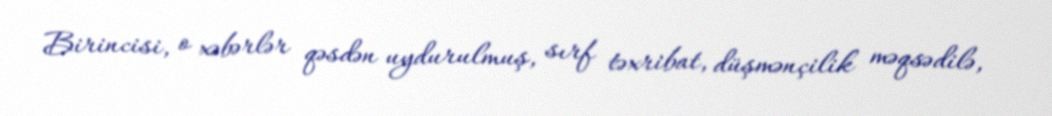
Birincisi, o xəbərlər qəsdən uydurulmuş, sırf təxribat, düşmənçilik məqsədilə,